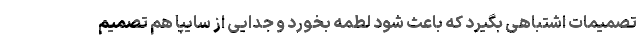
تصمیمات اشتباهی بگیرد که باعث شود لطمه بخورد و جدایی از سایپا هم تصمیم